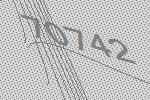
70742